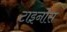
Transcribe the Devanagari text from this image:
टाइनोस